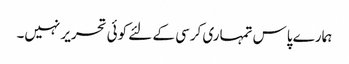
ہمارے پاس تمہاری کرسی کے لئے کوئی تحریر نہیں۔